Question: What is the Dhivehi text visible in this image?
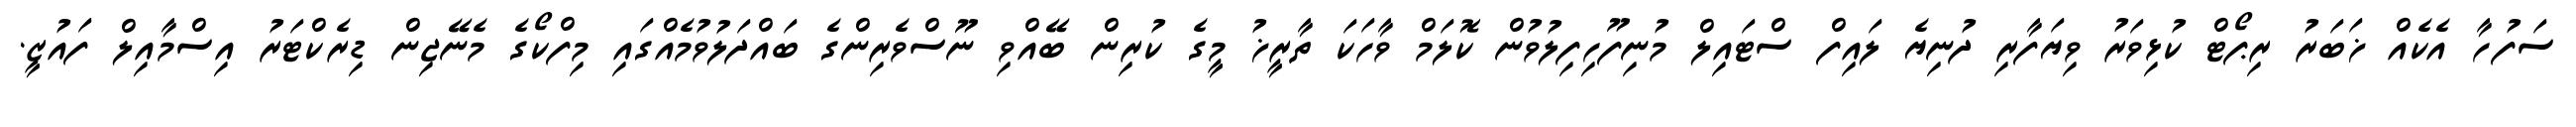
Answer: ސަފުހާ އެކެއް ޚަބަރު ރިޕޯޓް ކުޅިވަރު ވިޔަފާރި ދުނިޔެ ލައިފް ސްޓައިލް މުނިފޫހިފިލުވުން ކޮލަމް ވާހަކަ ތާރީޚު މީގެ ކުރިން ބޭއްވި ނޫސްވެރިންގެ ބައްދަލުވުމެއްގައި މިފްކޯގެ މެނޭޖިން ޑިރެކްޓަރު އިސްމާއިލް ފައުޒީ.